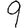
Digit: 9